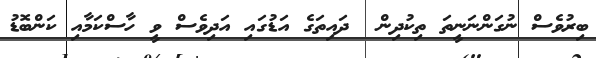
ބިރުވެސް ނުގަންނަނީތަ ތިކުދިން  ދައިތަގެ އަޑުގައި އަދިވެސް ވީ ހާސްކަމާއި ކަންބޮޑު